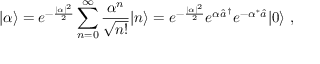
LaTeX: | \alpha \rangle = e ^ { - { \frac { | \alpha | ^ { 2 } } { 2 } } } \sum _ { n = 0 } ^ { \infty } { \frac { \alpha ^ { n } } { \sqrt { n ! } } } | n \rangle = e ^ { - { \frac { | \alpha | ^ { 2 } } { 2 } } } e ^ { \alpha { \hat { a } } ^ { \dagger } } e ^ { - { \alpha ^ { * } { \hat { a } } } } | 0 \rangle ~ ,